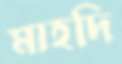
মাহদি